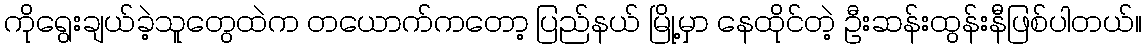
ကိုရွေးချယ်ခဲ့သူတွေထဲက တယောက်ကတော့ ပြည်နယ် မြို့မှာ နေထိုင်တဲ့ ဦးဆန်းထွန်းနီဖြစ်ပါတယ်။